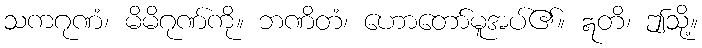
သကဂုဏံ၊ မိမိဂုဏ်ကို။ ဘဏိတံ၊ ဟောတော်မူအပ်၏။ ဣတိ၊ ဤသို့။